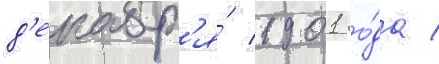
д'екабр'я́ 1901 го́да /